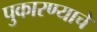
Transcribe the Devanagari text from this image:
पुकारण्याचे